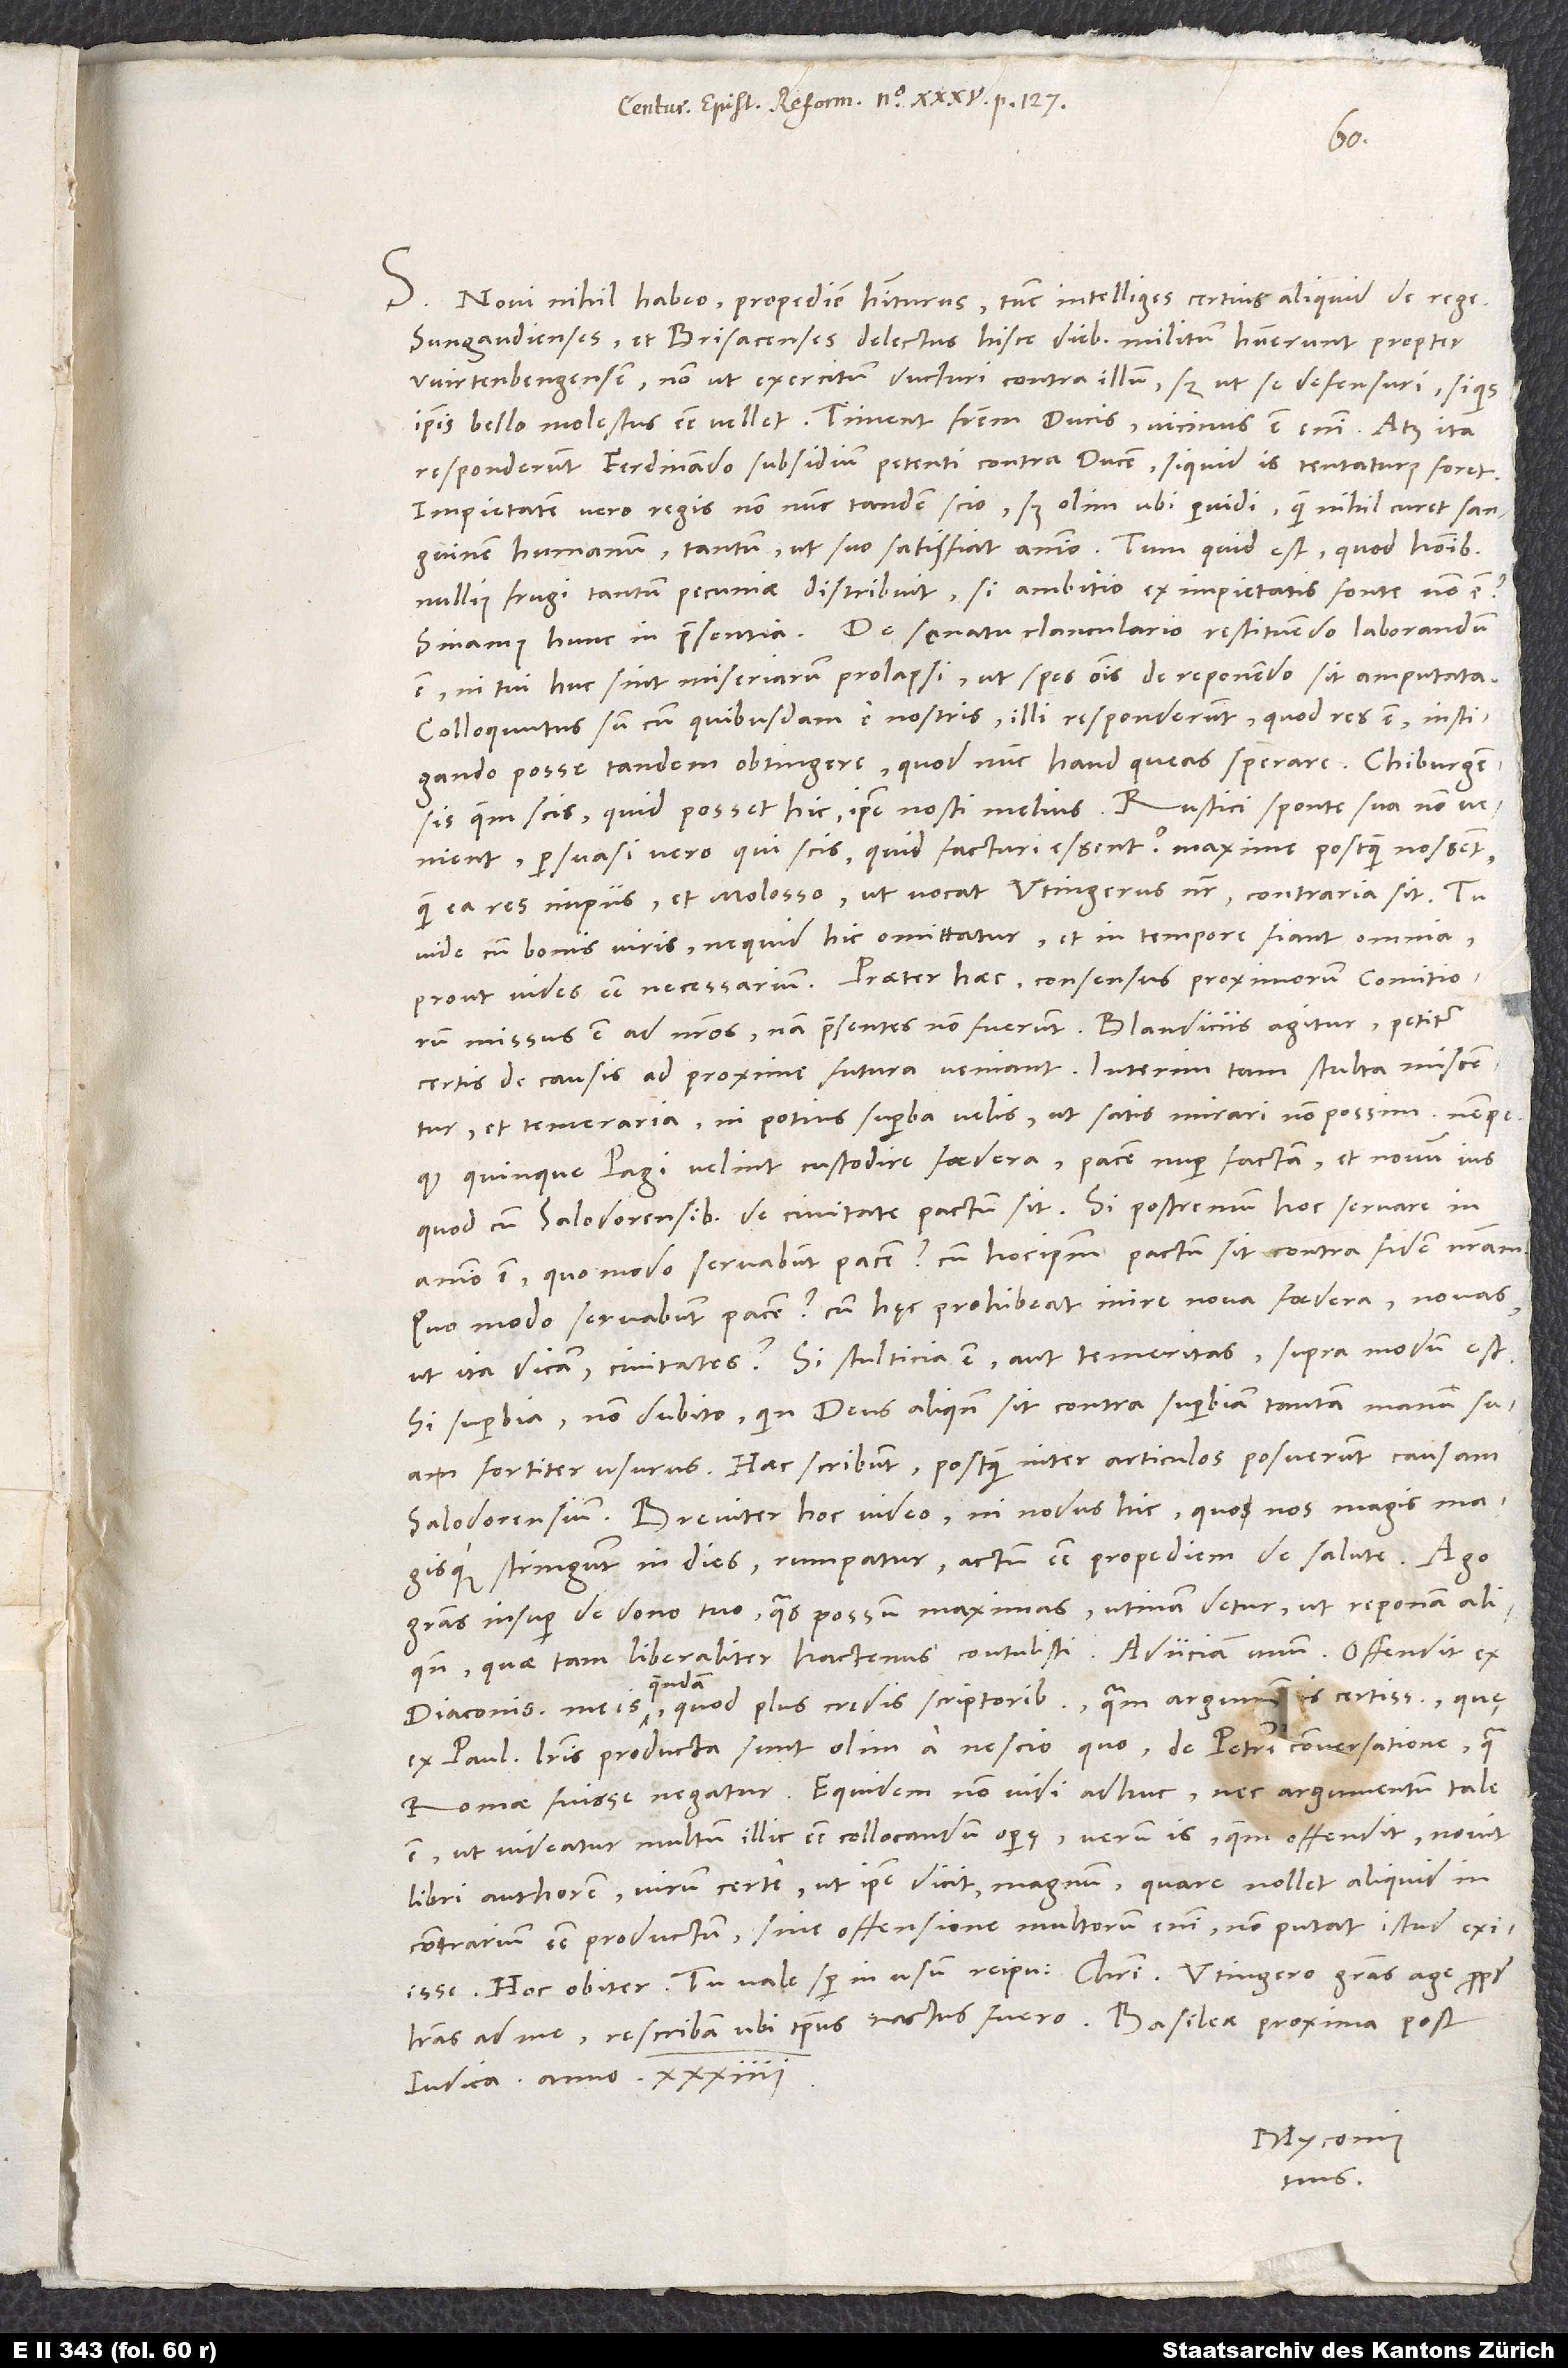
S. Novi nihil habeo propediem habiturus. Tunc intelliges certius aliquid de rege.
Sungaudienses et Brisacenses delectus hisce diebus militum habuerunt propter
Wirtenbergensem non ut exercitum ducturi contra illum, sed ut se defensuri, si quis
ipsis bello molestus esse vellet. Timent fratrem ducis, vicinus est enim, atque ita
responderunt Ferdinando subsidium petenti contra ducem, si quid is tentaturus foret.
Impietatem vero regis non nunc tandem scio, sed olim, ubi pervidi, quam nihil curet sanguinem
humanum tantum, ut suo satisfiat animo. tum quid est, quod hominibus
nullius frugi tantum pecuniae distribuit, si ambitio ex impietatis fonte non est?
est, ni tui huc sint miseriarum prolapsi, ut spes omnis de reponendo sit amputata.
Colloquutus sum cum quibusdarn e nostris. Illi responderunt, quod res est, instigando
posse tandem obtingere, quod nunc haud queas sperare. Chiburgensis,
quem scis, quid posset hic, ipse nosti melius. Rustici sponte sua non venient,
persuasi vero. Qui scis, quid facturi essent, maxime, postquam nossent,
quam ea res impiis et Molosso, ut vocat Utingerus noster, contraria sit. Tu
vide cum bonis viris, ne quid hic omittatur et in tempore fiant omnia,
missus est ad nostros. Nam praesentes non fuerunt. Blandiciis agitur, petitur,
certis de causis ad proxime futura veniant. Interim tam stulta miscentur
et temeraria, ni potius superba velis, ut satis mirari non possim, nempe
quod Quinque Pagi velint custodire foedera, pacem nuper factam et novum ius,
quod cum Salodorensibus de civitate pactum sit. Si postremum hoc servare in
animo est, quomodo servabunt pacem, cum hoc ipsum pactum sit contra fidem nostram?
Quomodo servabunt pacem, cum hęc prohibeat mire nova foedera, novas,
ut ita dicam, civitates? Si stultitia est aut temeritas, supra modum est,
si superbia, non dubito, quin deus aliquando sit contra superbiam tantam manum suam
fortiter usurus. Haec scribunt, postquam inter articulos posuerunt causam
Salodorensium. Breviter: Hoc video, ni modus hic, quo nos magis magisque
stringunt in dies, rumpatur, actum esse propediem de salute.
gratias insuper de dono tuo quas possum maximas. Utinam detur, ut reponam aliquando,
quae tam liberaliter hactenus contulisti! Adiiciam unum: Offendit ex
diaconis meis quendam, quod plus credis scriptoribus quam argumentis certissimis, quae
ex Paulinis literis producta sunt olim a nescio quo de Petri conversatione, qua
Romae fuisse negatur. Equidem non vidi adhuc, nec argumentum tale
est, ut videatur multum illic esse collocandum operae. Verum is, quem offendit, novit
libri authorem, virum certe, ut ipse dicit, magnum, quare nohlet aliquid in
contrarium esse productum. Sine offensione multorum enim non putat istud exiisse.
judica anno 34.
Myconius
tuus.